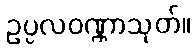
ဥပ္ပလဝဏ္ဏာသုတ်။